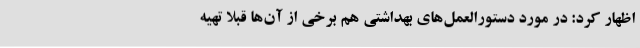
اظهار کرد: در مورد دستورالعمل‌های بهداشتی هم برخی از آن‌ها قبلا تهیه